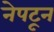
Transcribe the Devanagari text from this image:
नेपटून